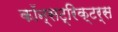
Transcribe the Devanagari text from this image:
कॉन्सट्रिक्टर्स